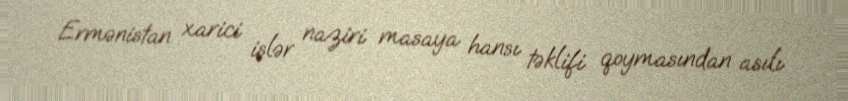
Ermənistan xarici işlər naziri masaya hansı təklifi qoymasından asılı